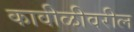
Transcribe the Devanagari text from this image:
कावीळीवरील